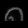
Digit: ၈